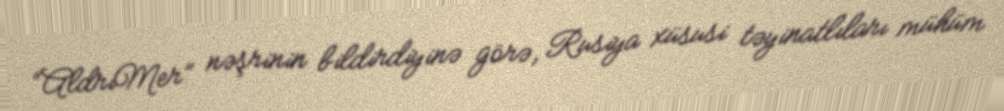
“AldriMer” nəşrinin bildirdiyinə görə, Rusiya xüsusi təyinatlıları mühüm